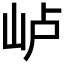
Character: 𰎐